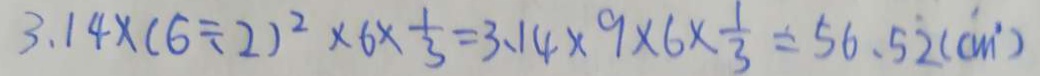
3 . 1 4 \times ( 6 \div 2 ) ^ { 2 } \times 6 \times \frac { 1 } { 3 } = 3 . 1 4 \times 9 \times 6 \times \frac { 1 } { 3 } = 5 6 . 5 \dot { 2 } ( c m ^ { 2 } )